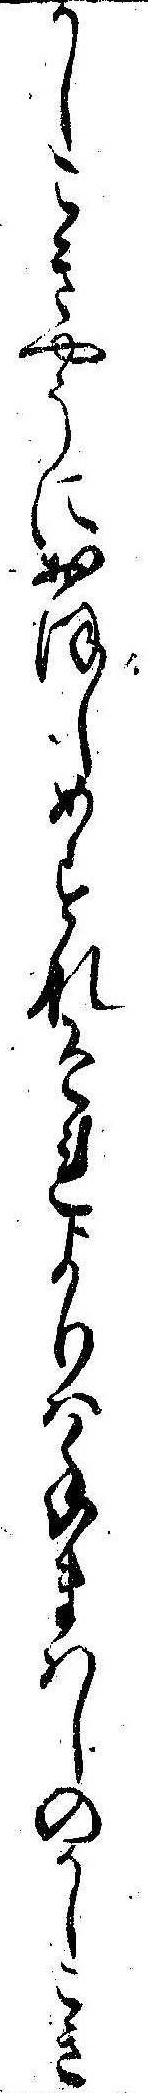
かしこきやうにおほしめすなそれよりは手まはしのかしこき